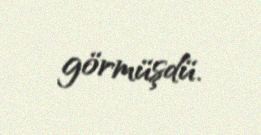
görmüşdü.